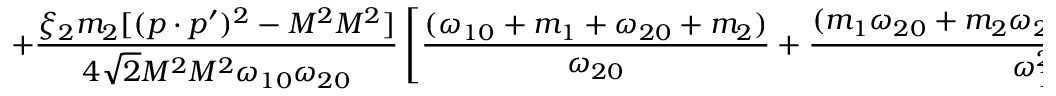
+ \frac { \xi _ { 2 } m _ { 2 } [ ( p \cdot p ^ { \prime } ) ^ { 2 } - M ^ { 2 } M ^ { 2 } ] } { 4 \sqrt { 2 } M ^ { 2 } M ^ { 2 } \omega _ { 1 0 } \omega _ { 2 0 } } \left[ \frac { ( \omega _ { 1 0 } + m _ { 1 } + \omega _ { 2 0 } + m _ { 2 } ) } { \omega _ { 2 0 } } + \frac { ( m _ { 1 } \omega _ { 2 0 } + m _ { 2 } \omega _ { 2 0 } + \omega _ { 2 0 } ^ { 2 } - \omega _ { 1 0 } ^ { 2 } ) } { \omega _ { 1 0 } ^ { 2 } } \right] \; , \, [ 2 m m ]